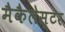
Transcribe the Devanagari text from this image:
मैकैलेस्टर